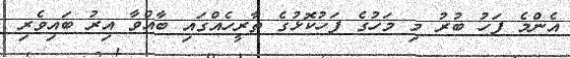
އެންމެ ފަހު ބުރު މި މަހުގެ ފަހުކޮޅުގެ ތާރީހެއްގައި ބާއްވާ އިރު ބައިވެރި